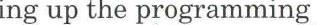
ing up the programming